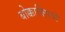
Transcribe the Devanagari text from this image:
बोक्काक्सियो